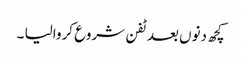
کچھ دنوں بعد ٹفن شروع کروالیا ۔